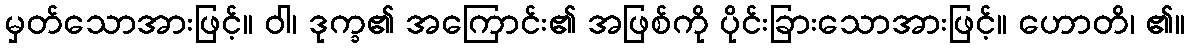
မှတ်သောအားဖြင့်။ ဝါ၊ ဒုက္ခ၏ အကြောင်း၏ အဖြစ်ကို ပိုင်းခြားသောအားဖြင့်။ ဟောတိ၊ ၏။